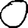
Digit: 0